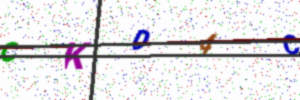
Text: CKD4C